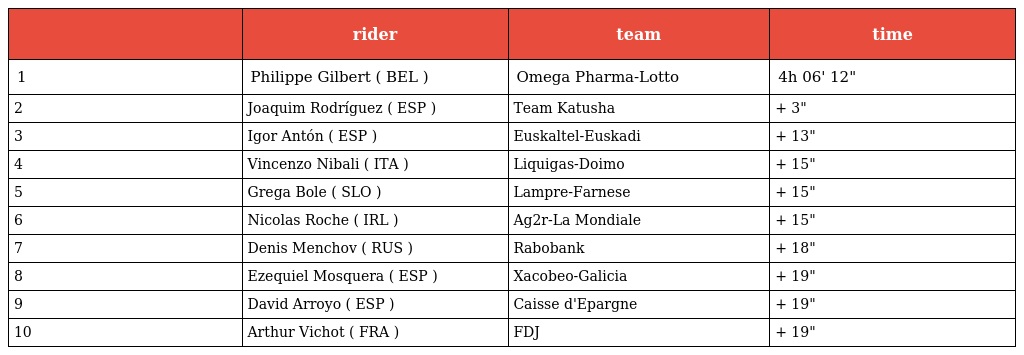
|  | rider | team | time |
 | --- | --- | --- | --- |
 | 1 | Philippe Gilbert ( BEL ) | Omega Pharma-Lotto | 4h 06' 12" |
 | 2 | Joaquim Rodríguez ( ESP ) | Team Katusha | + 3" |
 | 3 | Igor Antón ( ESP ) | Euskaltel-Euskadi | + 13" |
 | 4 | Vincenzo Nibali ( ITA ) | Liquigas-Doimo | + 15" |
 | 5 | Grega Bole ( SLO ) | Lampre-Farnese | + 15" |
 | 6 | Nicolas Roche ( IRL ) | Ag2r-La Mondiale | + 15" |
 | 7 | Denis Menchov ( RUS ) | Rabobank | + 18" |
 | 8 | Ezequiel Mosquera ( ESP ) | Xacobeo-Galicia | + 19" |
 | 9 | David Arroyo ( ESP ) | Caisse d'Epargne | + 19" |
 | 10 | Arthur Vichot ( FRA ) | FDJ | + 19" |